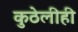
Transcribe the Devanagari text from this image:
कुठेलीही